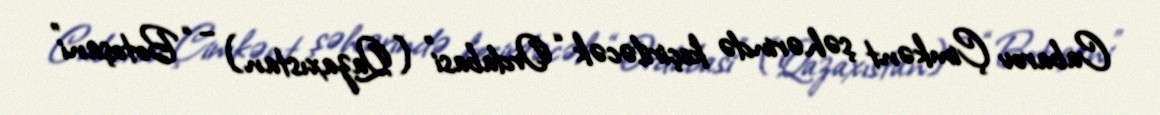
Cabarov Çimkənt şəhərində keçiriləcək “Ordabasi” (Qazaxıstan) – “Botoşani”